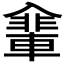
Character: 𠓽